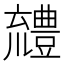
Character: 𧰖